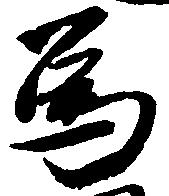
為